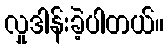
လှုဒါန်းခဲ့ပါတယ်။